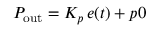
P _ { \mathrm { o u t } } = K _ { p } \, { e ( t ) + p 0 }